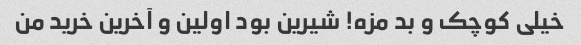
خیلی کوچک و بد مزه! شیرین بود اولین و آخرین خرید من